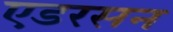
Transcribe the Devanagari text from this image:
एडरसन